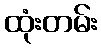
ထုံးတမ်း